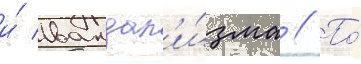
и́ вандал'и́зма // По́